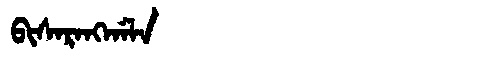
Manchu: ᠪᡳᠰᠠᡵᠠᠩᡤᠠᠯᠠ
Romanization: BISARANGGALA